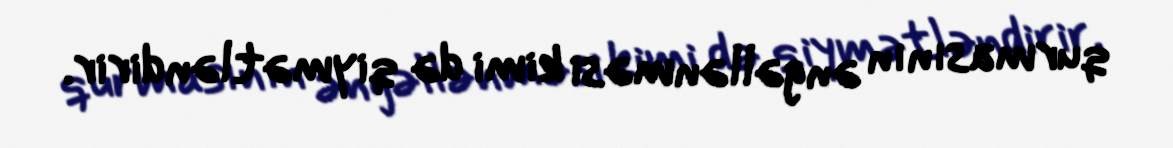
qurmasının əngəllənməsi kimi də qiymətləndirir.